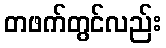
တဖက်တွင်လည်း